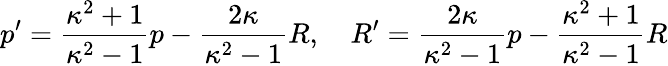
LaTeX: p^{\prime}={\frac{\kappa^{2}+1}{\kappa^{2}-1}}p-{\frac{2\kappa}{\kappa^{2}-1}}R,\quad R^{\prime}={\frac{2\kappa}{\kappa^{2}-1}}p-{\frac{\kappa^{2}+1}{\kappa^{2}-1}}R